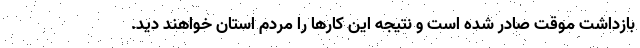
بازداشت موقت صادر شده است و نتیجه این کارها را مردم استان خواهند دید.